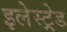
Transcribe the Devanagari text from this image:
इलेस्ट्रेड